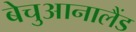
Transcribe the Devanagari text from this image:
बेचुआनालैंड